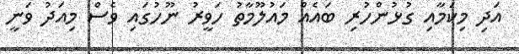
އަދި މިކަމާއި ގުޅުންހުރި ބައެއް މައުލޫމާތު ހަވީރު ނޫހުގައި ވެސް މިއަދު ވަނީ